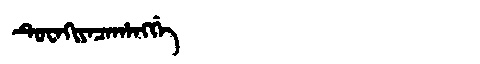
Manchu: ᡨᡠᠸᠠᡴᡳᠶᠠᠴᠠᡥᠠᠩᡤᡝ
Romanization: TUWAKIYACAHANGGE